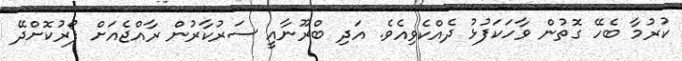
ކުރުމާ ބެހޭ ގޮތުން ވާހަކަފުޅު ދެއްކެވިއެވެ. އަދި ބްރޫނާއީ ސަރުކާރުން ރާއްޖެއަށް ފޯރުކޮށްދޭ